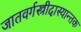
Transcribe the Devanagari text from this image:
जातवर्गस्त्रीदास्यान्तक